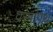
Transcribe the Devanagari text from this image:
वस्त्रापथ